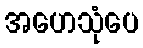
အဟေသုံပေ